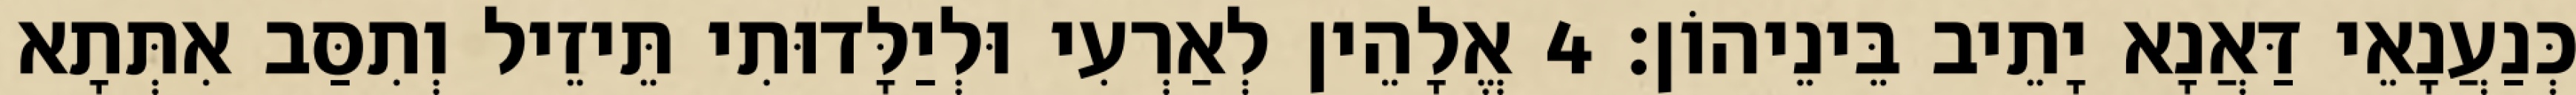
כְּנַעֲנָאֵי דַּאֲנָא יָתֵיב בֵּינֵיהוֹן׃ 4 אֱלָהֵין לְאַרְעִי וּלְיַלָּדוּתִי תֵּיזֵיל וְתִסַּב אִתְּתָא